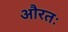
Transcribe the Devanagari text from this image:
औरतः